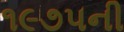
૧૯૭૫ની